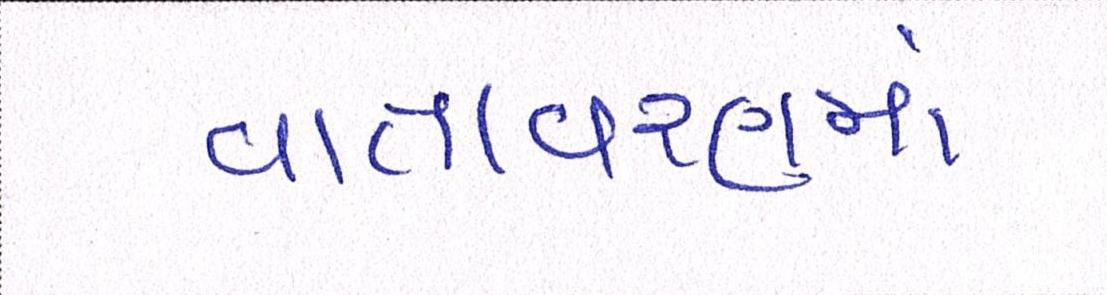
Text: વાતાવરણમાં